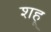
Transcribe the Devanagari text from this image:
शहू